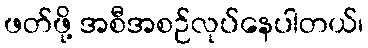
ဖတ်ဖို့ အစီအစဉ်လုပ်နေပါတယ်၊